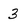
Character: 3